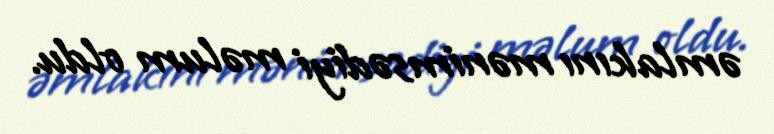
əmlakını mənimsədiyi məlum oldu.